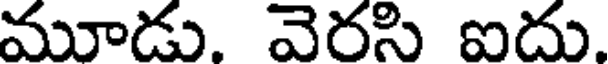
మూడు. వెరసి ఐదు.